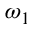
\omega _ { 1 }